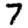
Digit: 7